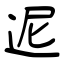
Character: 迡